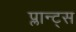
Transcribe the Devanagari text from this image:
प्लान्ट्स